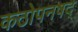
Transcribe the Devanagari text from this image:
कठोपनषद्